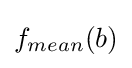
f_{mean}(b)